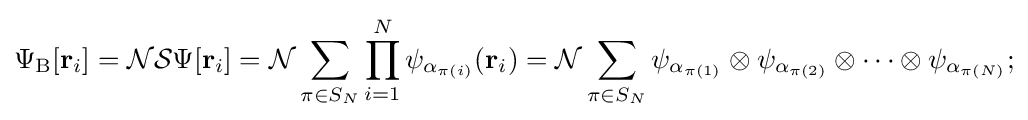
\Psi _{\rm {B}}[\mathbf {r} _{i}]={\mathcal {N}}{\mathcal {S}}\Psi [\mathbf {r} _{i}]={\mathcal {N}}\sum _{\pi \in S_{N}}\prod _{i=1}^{N}\psi _{\alpha _{\pi (i)}}(\mathbf {r} _{i})={\mathcal {N}}\sum _{\pi \in S_{N}}\psi _{\alpha _{\pi (1)}}\otimes \psi _{\alpha _{\pi (2)}}\otimes \cdots \otimes \psi _{\alpha _{\pi (N)}};